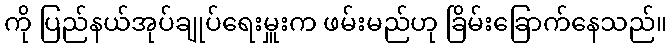
ကို ပြည်နယ်အုပ်ချုပ်ရေးမှူးက ဖမ်းမည်ဟု ခြိမ်းခြောက်နေသည်။